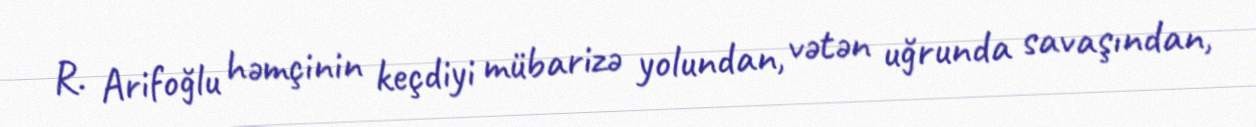
R. Arifoğlu həmçinin keçdiyi mübarizə yolundan, vətən uğrunda savaşından,